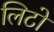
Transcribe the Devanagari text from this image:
लिटो